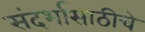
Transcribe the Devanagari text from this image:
संदर्भासाठीचे